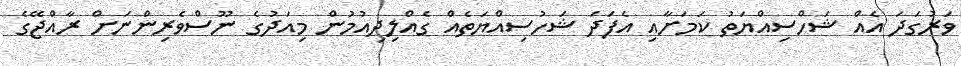
ވަރުގަދަ އެއް ޝަހްސިއްޔަތު ކަމަށާއި އެފަދަ ޝަހުސިއްޔަތެއް ގެއްލިދިއުމުން މިއަދުގެ ނޫސްވެރިންނަށް ރާއްޖޭގެ